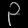
Digit: ၃